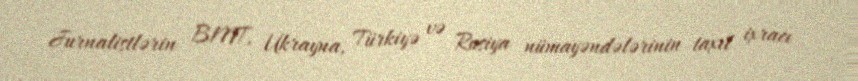
Jurnalistlərin BMT, Ukrayna, Türkiyə və Rusiya nümayəndələrinin taxıl ixracı